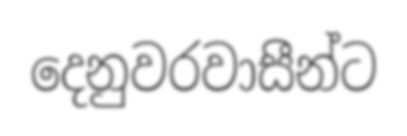
දෙනුවරවාසීන්ට